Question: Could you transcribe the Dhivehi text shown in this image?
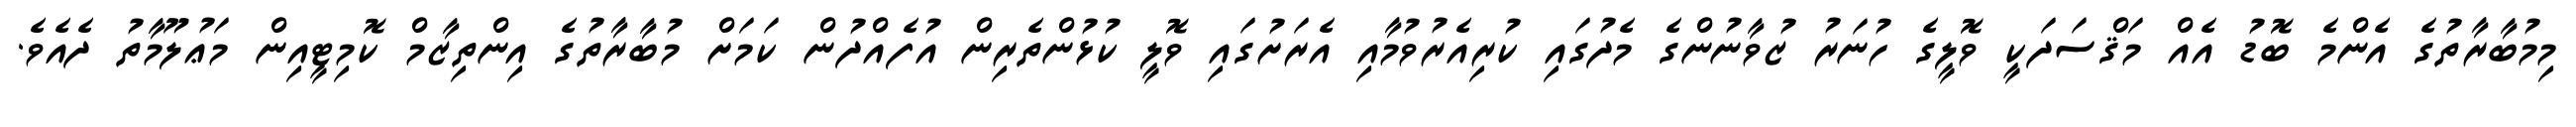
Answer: މިމުބާރާތުގެ އެންމެ ބޮޑު އެއް މަޤްސަދަކީ ވޮލީގެ ހުނަރު ޒުވާނުންގެ މެދުގައި ކުރިއެރުވުމާއި އެރަށުގައި ވޮލީ ކުޅުންތެރިން އުފެއްދުން ކަމަށް މުބާރާތުގެ އިންތިޒާމް ކޮމިޓީއިން މަޢުލޫމާތު ދެއެވެ.